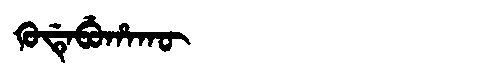
Manchu: ᡴᡠᡩᡝᠪᡠᡥᠠᡴᡡ
Romanization: KUDEBUHAKŪ